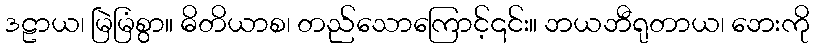
ဒဠာယ၊ မြဲမြံစွာ။ ဓိတိယာစ၊ တည်သောကြောင့်၎င်း။ ဘယဘီရုတာယ၊ ဘေးကို